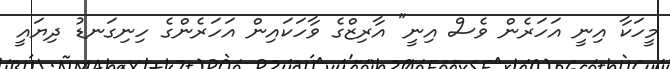
މީހަކާ އިނީ އަހަރެން ވެސް އިނީ" އާރިޒްގެ ވާހަކައިން އަހަރެންގެ ހިނިގަނޑު ދިޔައީ